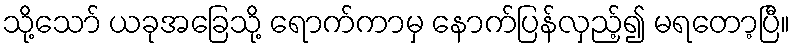
သို့သော် ယခုအခြေသို့ ရောက်ကာမှ နောက်ပြန်လှည့်၍ မရတော့ပြီ။